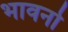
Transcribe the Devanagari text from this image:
भावनो